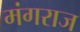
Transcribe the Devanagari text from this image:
मंगराज